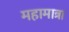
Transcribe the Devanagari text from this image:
महामात्रा